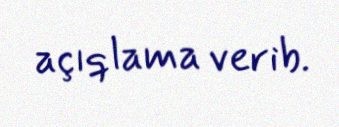
açıqlama verib.